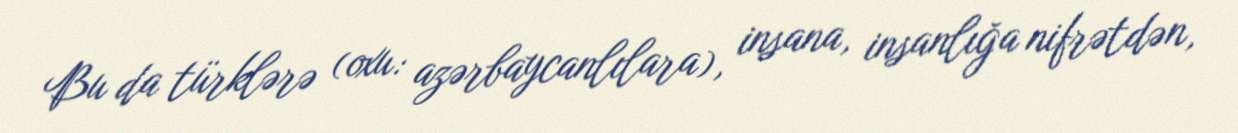
Bu da türklərə (oxu: azərbaycanlılara), insana, insanlığa nifrətdən,